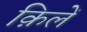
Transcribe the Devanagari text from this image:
क़िलें